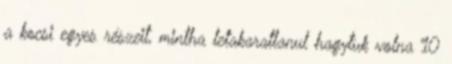
a kocsi egyes részeit, mintha letakaratlanul hagytuk volna 10